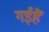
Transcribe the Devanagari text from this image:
गईहैं